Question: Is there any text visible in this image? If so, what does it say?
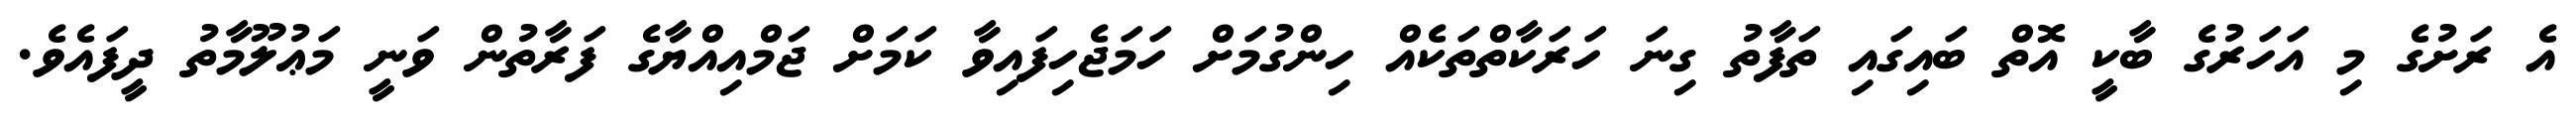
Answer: އެ ރަށުގެ މި އަހަރުގެ ބާކީ އޮތް ބައިގައި ތަފާތު ގިނަ ހަރަކާތްތަކެއް ހިންގުމަށް ހަމަޖެހިފައިވާ ކަމަށް ޖަމްއިއްޔާގެ ފަރާތުން ވަނީ މަޢުލޫމާތު ދީފައެވެ.